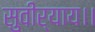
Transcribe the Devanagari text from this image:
सुवीर्याय।।